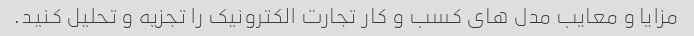
مزایا و معایب مدل های کسب و کار تجارت الکترونیک را تجزیه و تحلیل کنید.